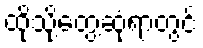
ထိုသို့တွေ့ဆုံရာတွင်